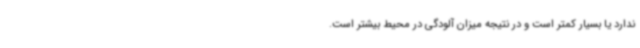
ندارد یا بسیار کمتر است و در نتیجه میزان آلودگی در محیط بیشتر است.